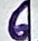
Text: 6